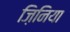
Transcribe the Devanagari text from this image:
ज़िनिया